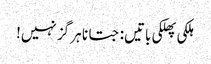
ہلکی پھلکی باتیں: جتانا ہر گز نہیں!